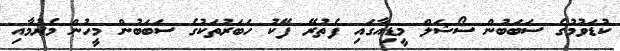
ކުޑަވުމުގެ ސަބަބުން ސޯޝަލް މީޑިއާގައި ފެތުރޭ ފޭކު ހަބަރުތަކުގެ ސަބަބުން މީހުން މެރުމާއި